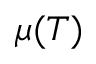
\mu ( T )